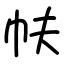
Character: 㠸